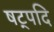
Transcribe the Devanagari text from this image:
षट्पदि